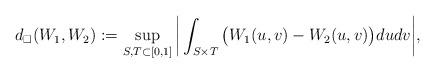
LaTeX: \begin{align*}d_\square(W_1,W_2):=\sup_{S,T\subset [0,1]}\bigg|\int_{S\times T} \big(W_1(u,v)-W_2(u,v) \big)du dv\bigg|,\end{align*}